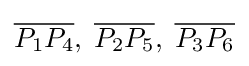
{\overline {P_{1}P_{4}}},\;{\overline {P_{2}P_{5}}},\;{\overline {P_{3}P_{6}}}